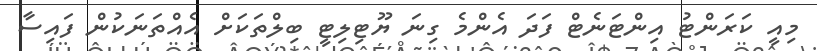
މިއީ ކަރަންޓު އިންޓަނެޓް ފަދަ އެންމެ ގިނަ ޔޫޓިލިޓީ ބިލްތަކަށް އެއްތަނަކުން ފައިސާ